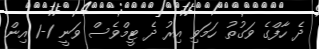
ދެ ހާފްގެ ވަގުތު ހަމަވި އިރު ދެ ޓީމްވެސް ވަނީ 1-1 އިން